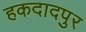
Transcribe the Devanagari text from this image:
हकदादपुर